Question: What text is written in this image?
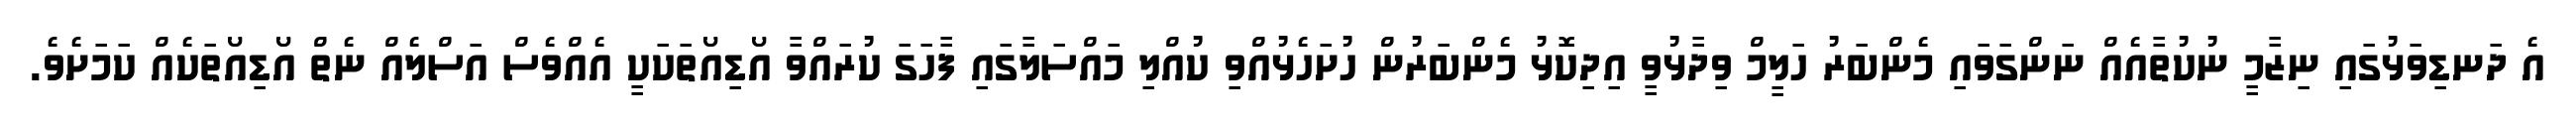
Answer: އެ ދަނޑިވަޅުގައި ނިޒާމީ ނުކުތާއެއް ނަންގަވައި މެންބަރު ހަލީމް ވިދާޅުވީ އިދިކޮޅު މެންބަރުން ހުށަހެޅުއްވި ކުއްލި މައްސަލާގައި ފާހަގަ ކުރައްވާ އޯޑިއޯތަކަކީ އެއްވެސް އަސްލެއް ނެތް އޯޑިއޯތަކެއް ކަމަށެވެ.